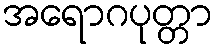
အရောဂပုတ္တာ